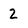
Character: 2